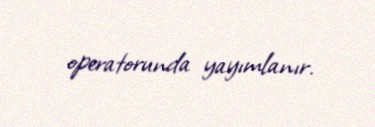
operatorunda yayımlanır.